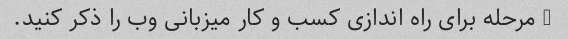
3 مرحله برای راه اندازی کسب و کار میزبانی وب را ذکر کنید.